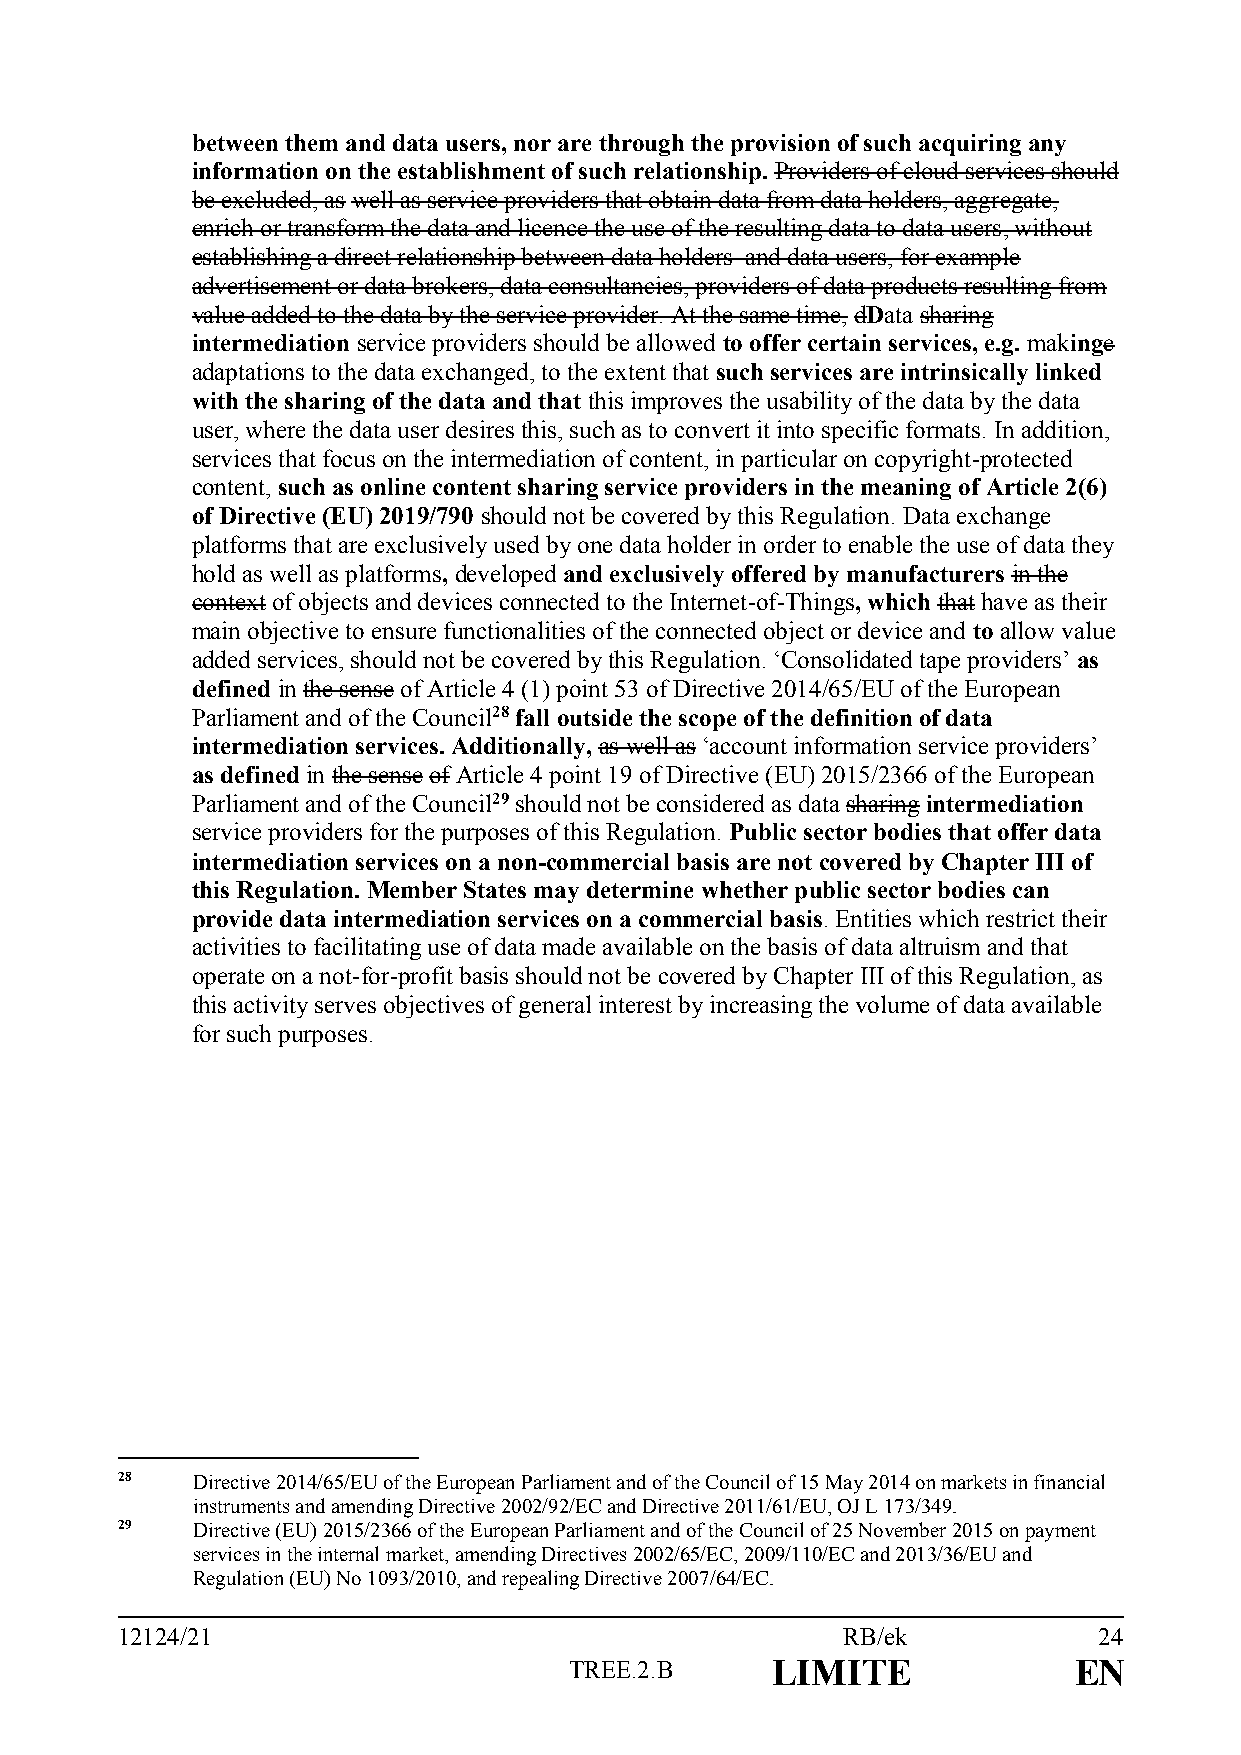
between them and data users, nor are through the provision of such acquiring any
 information on the establishment of such relationship. Providers of cloud services should
 be excluded, as well as service providers that obtain data from data holders, aggregate,
 enrich or transform the data and licence the use of the resulting data to data users, without
 establishing a direct relationship between data holders and data users, for example
 advertisement or data brokers, data consultancies, providers of data products resulting from
 value added to the data by the service provider. At the same time, dData sharing
 intermediation service providers should be allowed to offer certain services, e.g. makinge
 adaptations to the data exchanged, to the extent that such services are intrinsically linked
 with the sharing of the data and that this improves the usability of the data by the data
 user, where the data user desires this, such as to convert it into specific formats. In addition,
 services that focus on the intermediation of content, in particular on copyright-protected
 content, such as online content sharing service providers in the meaning of Article 2(6)
 of Directive (EU) 2019/790 should not be covered by this Regulation. Data exchange
 platforms that are exclusively used by one data holder in order to enable the use of data they
 hold as well as platforms, developed and exclusively offered by manufacturers in the
 context of objects and devices connected to the Internet-of-Things, which that have as their
 main objective to ensure functionalities of the connected object or device and to allow value
 added services, should not be covered by this Regulation. ‘Consolidated tape providers’ as
 defined in the sense of Article 4 (1) point 53 of Directive 2014/65/EU of the European
 Parliament and of the Council28 fall outside the scope of the definition of data
 intermediation services. Additionally, as well as ‘account information service providers’
 as defined in the sense of Article 4 point 19 of Directive (EU) 2015/2366 of the European
 Parliament and of the Council29 should not be considered as data sharing intermediation
 service providers for the purposes of this Regulation. Public sector bodies that offer data
 intermediation services on a non-commercial basis are not covered by Chapter III of
 this Regulation. Member States may determine whether public sector bodies can
 provide data intermediation services on a commercial basis. Entities which restrict their
 activities to facilitating use of data made available on the basis of data altruism and that
 operate on a not-for-profit basis should not be covered by Chapter III of this Regulation, as
 this activity serves objectives of general interest by increasing the volume of data available
 for such purposes.
 28   Directive 2014/65/EU of the European Parliament and of the Council of 15 May 2014 on markets in financial
 instruments and amending Directive 2002/92/EC and Directive 2011/61/EU, OJ L 173/349.
 29   Directive (EU) 2015/2366 of the European Parliament and of the Council of 25 November 2015 on payment
 services in the internal market, amending Directives 2002/65/EC, 2009/110/EC and 2013/36/EU and
 Regulation (EU) No 1093/2010, and repealing Directive 2007/64/EC.
 12124/21                                        RB/ek            24
 TREE.2.B     LIMITE              EN